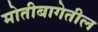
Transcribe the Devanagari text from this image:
मोतीबागेतील